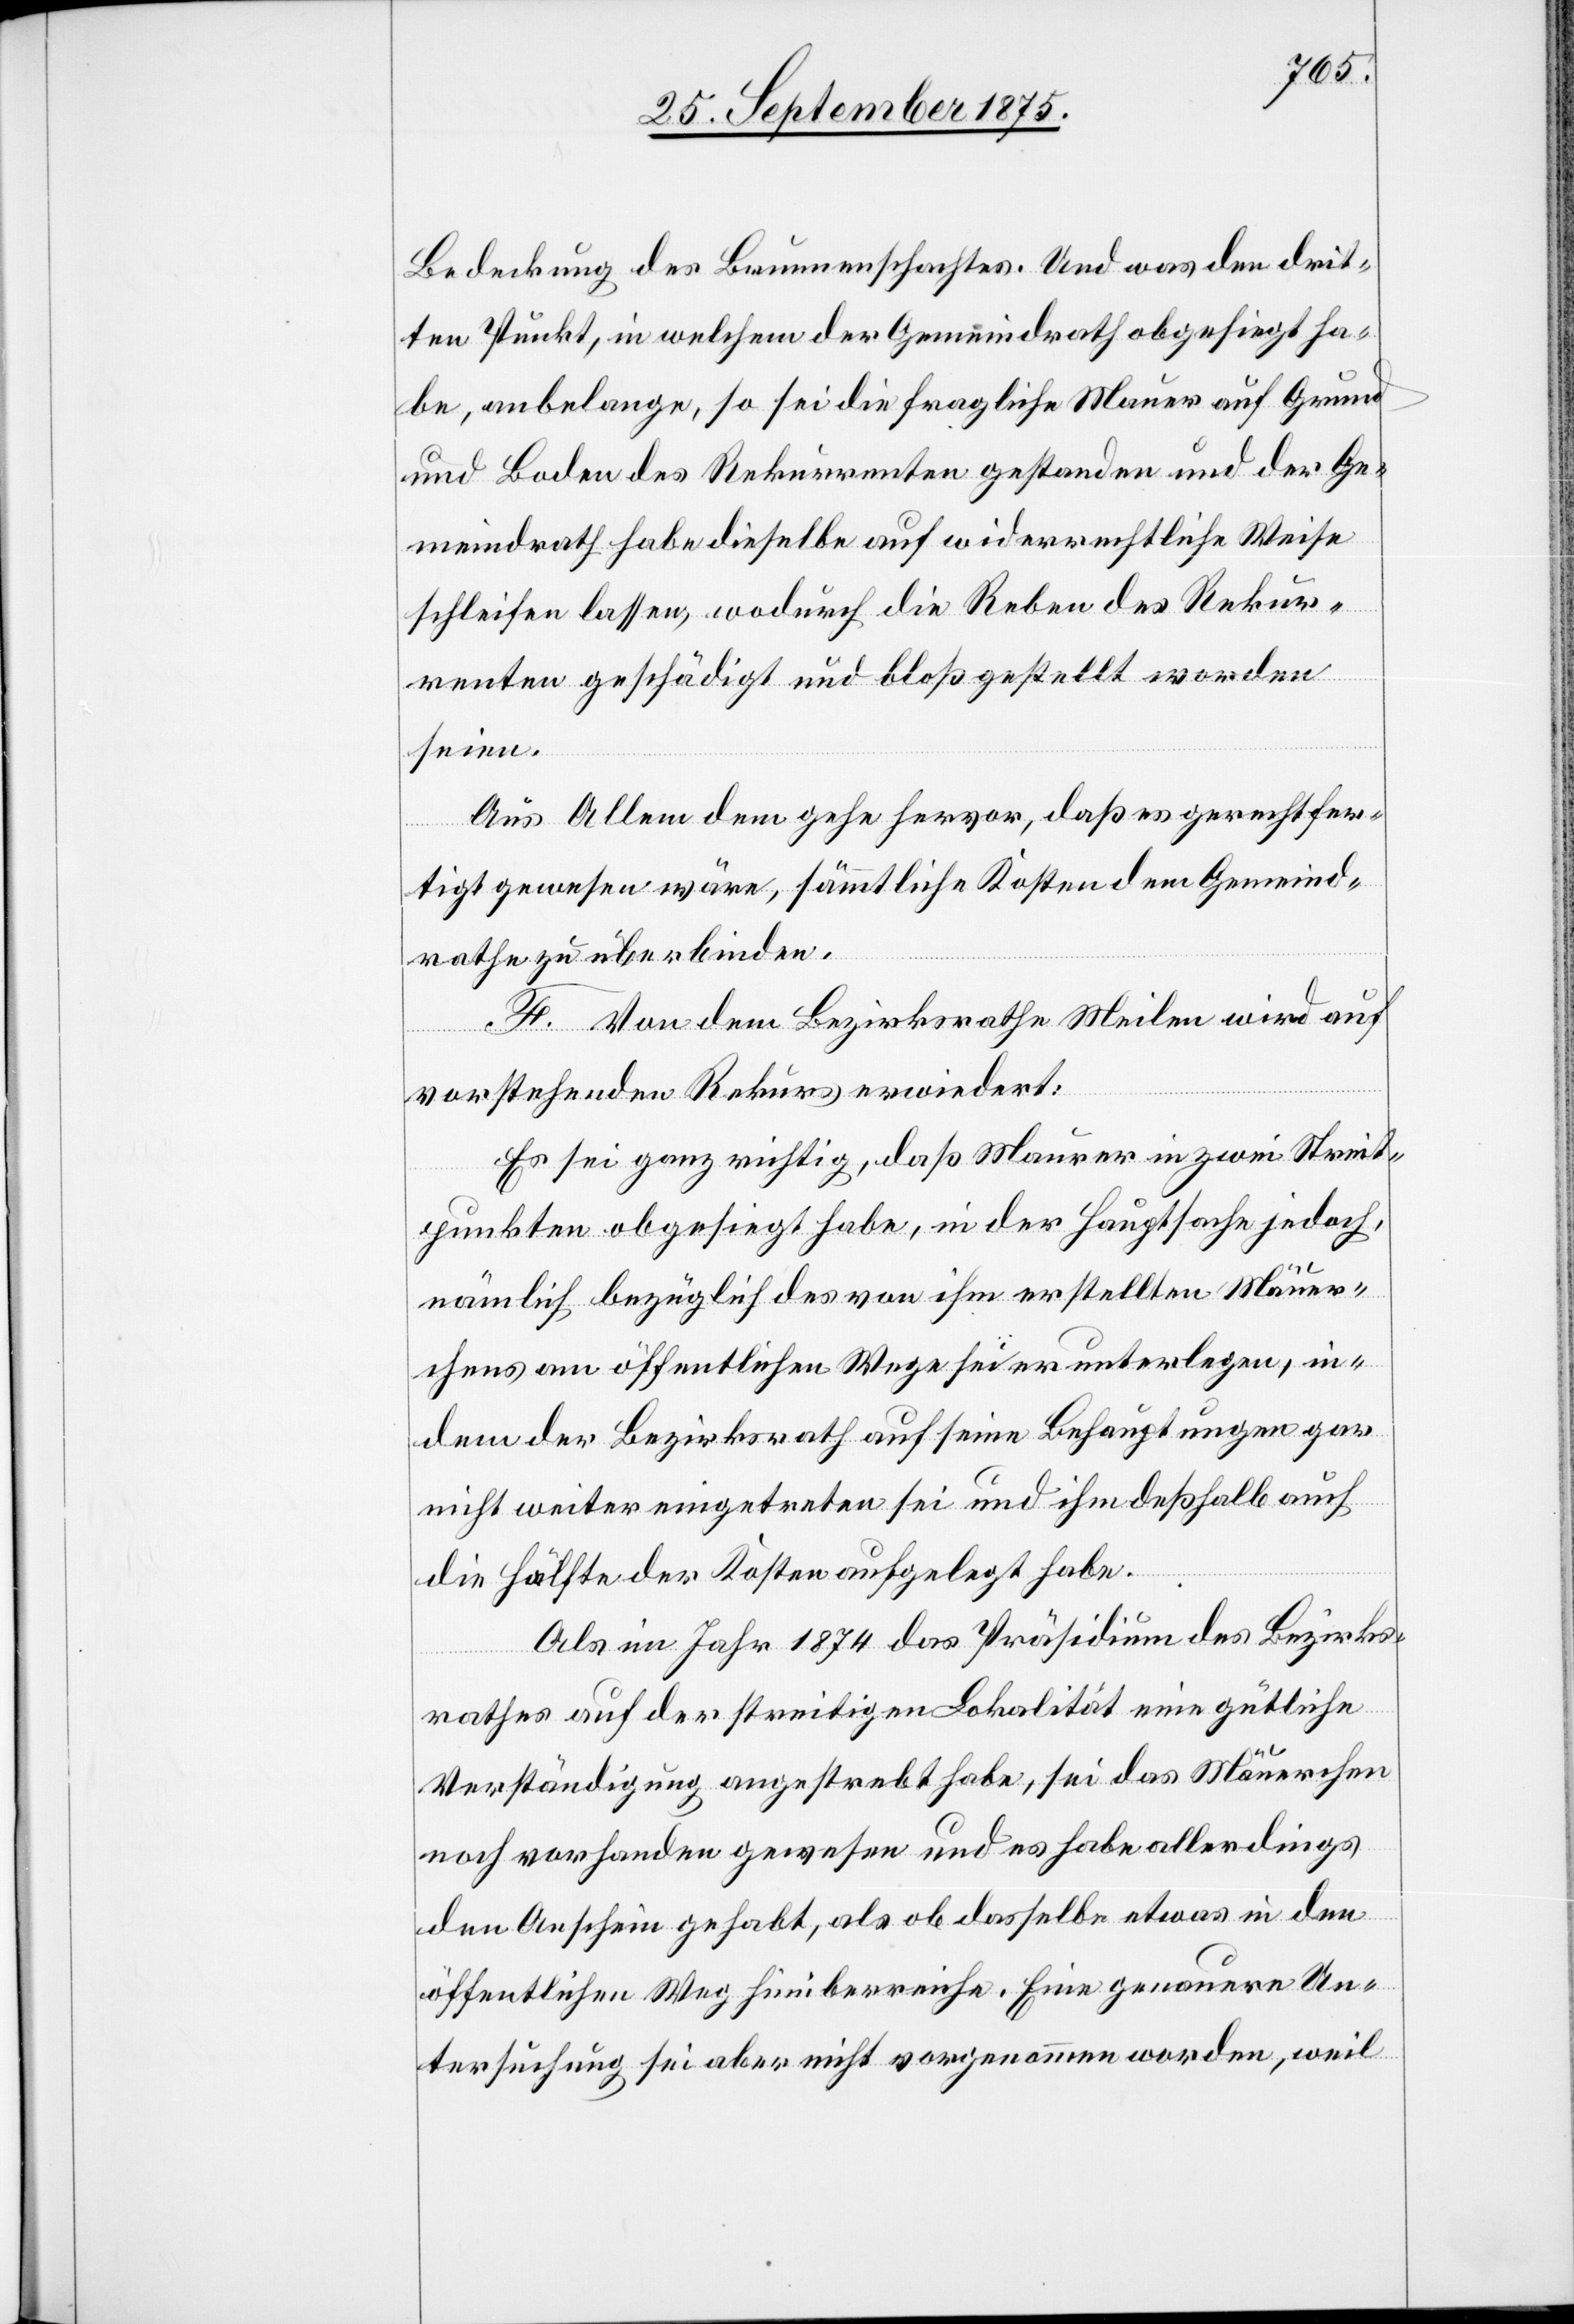
Bedeckung des Brunnenschachtes. Und was den drit¬
ten Punkt, in welchem der Gemeindrath obgesiegt ha¬
be, anbelange, so sei die fragliche Mauer auf Grund
und Boden des Rekurrenten gestanden und der Ge¬
meindrath habe dieselbe auf widerrechtliche Weise
schleifen lassen, wodurch die Reben des Rekur¬
renten geschädigt und bloß gestellt worden
seien.
Aus Allem dem gehe hervor, daß es gerechtfer¬
tigt gewesen wäre, sämmtliche Kosten dem Gemeind¬
rathe zu überbinden.
F. Von dem Bezirksrathe Meilen wird auf
vorstehenden Rekurs erwiedert:
Es sei ganz richtig, daß Maurer in zwei Streit¬
punkten obgesiegt habe, in der Hauptsache jedoch,
nämlich bezüglich des von ihm erstellten Mäuer¬
chens am öffentlichen Wege sei er unterlegen, in¬
dem der Bezirksrath auf seine Behauptungen gar
nicht weiter eingetreten sei und ihm deßhalb auch
die Hälfte der Kosten aufgelegt habe.
Als im Jahr 1874 das Präsidium des Bezirks¬
rathes auf der streitigen Lokalität eine gütliche
Verständigung angestrebt habe, sei das Mäuerchen
noch vorhanden gewesen und es habe allerdings
den Anschein gehabt, als ob dasselbe etwas in den
öffentlichen Weg hinüberreiche. Eine genauere Un¬
tersuchung sei aber nicht vorgenommen worden, weil